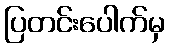
ပြတင်းပေါက်မှ